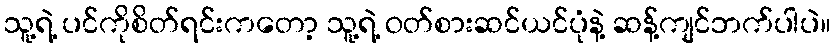
သူ့ရဲ့ ပင်ကိုစိတ်ရင်းကတော့ သူ့ရဲ့ ဝတ်စားဆင်ယင်ပုံနဲ့ ဆန့်ကျင်ဘက်ပါပဲ။